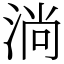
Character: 淌